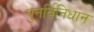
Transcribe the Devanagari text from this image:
पुनर्विनिधान